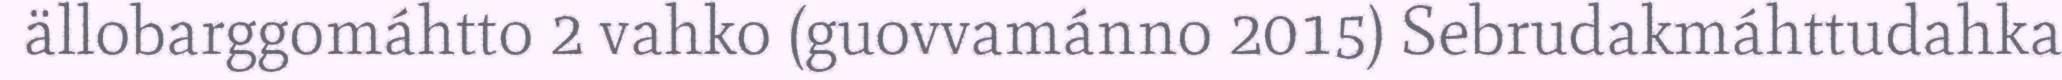
ällobarggomáhtto 2 vahko (guovvamánno 2015) Sebrudakmáhttudahka